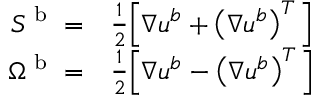
\begin{array} { r l } { S ^ { \textup { b } } = } & { \frac { 1 } { 2 } \Big [ \nabla \boldsymbol { u } ^ { b } + \left( \nabla \boldsymbol { u } ^ { b } \right) ^ { T } \Big ] } \\ { \Omega ^ { \textup { b } } = } & { \frac { 1 } { 2 } \Big [ \nabla \boldsymbol { u } ^ { b } - \left( \nabla \boldsymbol { u } ^ { b } \right) ^ { T } \Big ] } \end{array}